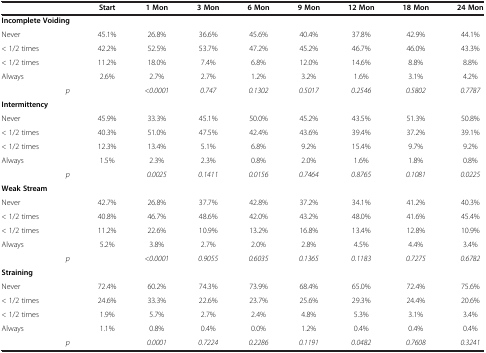
<table><thead><tr><td><b> </b></td><td><b>Start</b></td><td><b>1 Mon</b></td><td><b>3 Mon</b></td><td><b>6 Mon</b></td><td><b>9 Mon</b></td><td><b>12 Mon</b></td><td><b>18 Mon</b></td><td><b>24 Mon</b></td></tr></thead><tbody><tr><td><b>Incomplete Voiding</b></td><td> </td><td> </td><td> </td><td> </td><td> </td><td> </td><td> </td><td> </td></tr><tr><td>Never</td><td>45.1%</td><td>26.8%</td><td>36.6%</td><td>45.6%</td><td>40.4%</td><td>37.8%</td><td>42.9%</td><td>44.1%</td></tr><tr><td>&lt; 1/2 times</td><td>42.2%</td><td>52.5%</td><td>53.7%</td><td>47.2%</td><td>45.2%</td><td>46.7%</td><td>46.0%</td><td>43.3%</td></tr><tr><td>&lt; 1/2 times</td><td>11.2%</td><td>18.0%</td><td>7.4%</td><td>6.8%</td><td>12.0%</td><td>14.6%</td><td>8.8%</td><td>8.8%</td></tr><tr><td>Always</td><td>2.6%</td><td>2.7%</td><td>2.7%</td><td>1.2%</td><td>3.2%</td><td>1.6%</td><td>3.1%</td><td>4.2%</td></tr><tr><td><i>p</i></td><td> </td><td><i>&lt;0.0001</i></td><td><i>0.747</i></td><td><i>0.1302</i></td><td><i>0.5017</i></td><td><i>0.2546</i></td><td><i>0.5802</i></td><td><i>0.7787</i></td></tr><tr><td><b>Intermittency</b></td><td> </td><td> </td><td> </td><td> </td><td> </td><td> </td><td> </td><td> </td></tr><tr><td>Never</td><td>45.9%</td><td>33.3%</td><td>45.1%</td><td>50.0%</td><td>45.2%</td><td>43.5%</td><td>51.3%</td><td>50.8%</td></tr><tr><td>&lt; 1/2 times</td><td>40.3%</td><td>51.0%</td><td>47.5%</td><td>42.4%</td><td>43.6%</td><td>39.4%</td><td>37.2%</td><td>39.1%</td></tr><tr><td>&lt; 1/2 times</td><td>12.3%</td><td>13.4%</td><td>5.1%</td><td>6.8%</td><td>9.2%</td><td>15.4%</td><td>9.7%</td><td>9.2%</td></tr><tr><td>Always</td><td>1.5%</td><td>2.3%</td><td>2.3%</td><td>0.8%</td><td>2.0%</td><td>1.6%</td><td>1.8%</td><td>0.8%</td></tr><tr><td><i>p</i></td><td> </td><td><i>0.0025</i></td><td><i>0.1411</i></td><td><i>0.0156</i></td><td><i>0.7464</i></td><td><i>0.8765</i></td><td><i>0.1081</i></td><td><i>0.0225</i></td></tr><tr><td><b>Weak Stream</b></td><td> </td><td> </td><td> </td><td> </td><td> </td><td> </td><td> </td><td> </td></tr><tr><td>Never</td><td>42.7%</td><td>26.8%</td><td>37.7%</td><td>42.8%</td><td>37.2%</td><td>34.1%</td><td>41.2%</td><td>40.3%</td></tr><tr><td>&lt; 1/2 times</td><td>40.8%</td><td>46.7%</td><td>48.6%</td><td>42.0%</td><td>43.2%</td><td>48.0%</td><td>41.6%</td><td>45.4%</td></tr><tr><td>&lt; 1/2 times</td><td>11.2%</td><td>22.6%</td><td>10.9%</td><td>13.2%</td><td>16.8%</td><td>13.4%</td><td>12.8%</td><td>10.9%</td></tr><tr><td>Always</td><td>5.2%</td><td>3.8%</td><td>2.7%</td><td>2.0%</td><td>2.8%</td><td>4.5%</td><td>4.4%</td><td>3.4%</td></tr><tr><td><i>p</i></td><td> </td><td><i>&lt;0.0001</i></td><td><i>0.9055</i></td><td><i>0.6035</i></td><td><i>0.1365</i></td><td><i>0.1183</i></td><td><i>0.7275</i></td><td><i>0.6782</i></td></tr><tr><td><b>Straining</b></td><td> </td><td> </td><td> </td><td> </td><td> </td><td> </td><td> </td><td> </td></tr><tr><td>Never</td><td>72.4%</td><td>60.2%</td><td>74.3%</td><td>73.9%</td><td>68.4%</td><td>65.0%</td><td>72.4%</td><td>75.6%</td></tr><tr><td>&lt; 1/2 times</td><td>24.6%</td><td>33.3%</td><td>22.6%</td><td>23.7%</td><td>25.6%</td><td>29.3%</td><td>24.4%</td><td>20.6%</td></tr><tr><td>&lt; 1/2 times</td><td>1.9%</td><td>5.7%</td><td>2.7%</td><td>2.4%</td><td>4.8%</td><td>5.3%</td><td>3.1%</td><td>3.4%</td></tr><tr><td>Always</td><td>1.1%</td><td>0.8%</td><td>0.4%</td><td>0.0%</td><td>1.2%</td><td>0.4%</td><td>0.4%</td><td>0.4%</td></tr><tr><td><i>p</i></td><td> </td><td><i>0.0001</i></td><td><i>0.7224</i></td><td><i>0.2286</i></td><td><i>0.1191</i></td><td><i>0.0482</i></td><td><i>0.7608</i></td><td><i>0.3241</i></td></tr></tbody></table>